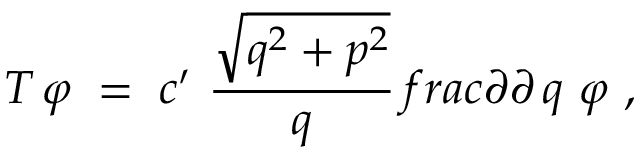
T \, \varphi \; = \; c ^ { \prime } \ \frac { \sqrt { q ^ { 2 } + p ^ { 2 } } } { q } \, f r a c { \partial } { \partial \, q } \ \varphi \ ,